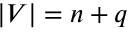
\lvert V \rvert = n + q